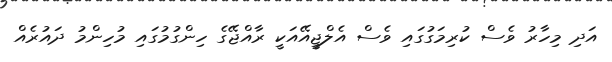
އަދި މިހާރު ވެސް ކުރިމަގުގައި ވެސް އެލްޖީއޭއަކީ ރާއްޖޭގެ ހިންގުމުގައި މުހިންމު ދައުރެއް